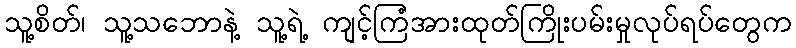
သူ့စိတ်၊ သူ့သဘောနဲ့ သူ့ရဲ့ ကျင့်ကြံအားထုတ်ကြိုးပမ်းမှုလုပ်ရပ်တွေက